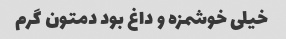
خیلی خوشمزه و داغ بود دمتون گرم